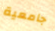
جامعية